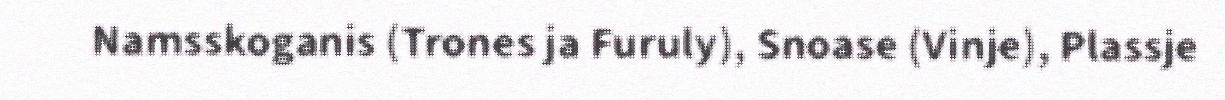
Namsskoganis (Trones ja Furuly), Snoase (Vinje), Plassje